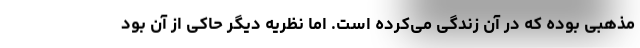
مذهبی بوده که در آن زندگی می‌کرده است. اما نظریه دیگر حاکی از آن بود